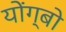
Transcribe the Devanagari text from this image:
योंग्बो